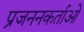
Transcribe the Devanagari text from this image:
प्रजननकर्ताओं